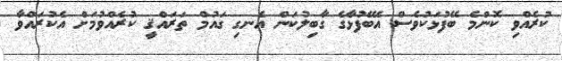
ކުރެއްވި ކޮންމެ ބޭފުޅަކުވެސް އެބޭފުޅާގެ ގާބިލުކަން އެނގި ގައުމް ތަރައްޤީ ކުރެއްވުމަށް އެކުރައްވާ